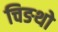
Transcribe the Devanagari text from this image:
चिङथो